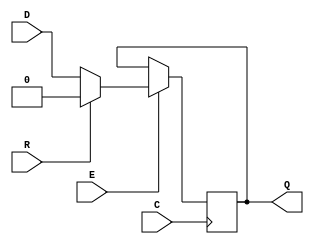
/* A Verilator model
 */
module SB_DFFESR
  ( input C,E,D,R,
    output reg Q
    );
   initial
     Q = 1'b0;
   always @(posedge C)
     if ( E )
       Q <= R ? 1'b0 : D;
endmodule